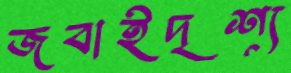
জবাইদৃশ্য